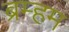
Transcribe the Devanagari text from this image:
ब्रम्हम